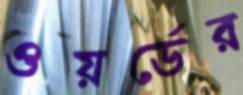
ওয়র্ডের